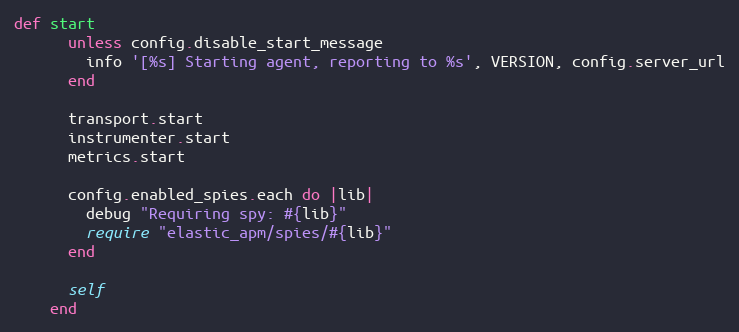
Language: Ruby
def start
      unless config.disable_start_message
        info '[%s] Starting agent, reporting to %s', VERSION, config.server_url
      end

      transport.start
      instrumenter.start
      metrics.start

      config.enabled_spies.each do |lib|
        debug "Requiring spy: #{lib}"
        require "elastic_apm/spies/#{lib}"
      end

      self
    end